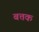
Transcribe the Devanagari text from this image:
बत्तक